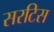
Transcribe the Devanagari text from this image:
सरटिस